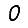
Digit: 0